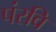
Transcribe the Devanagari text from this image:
पंरवि